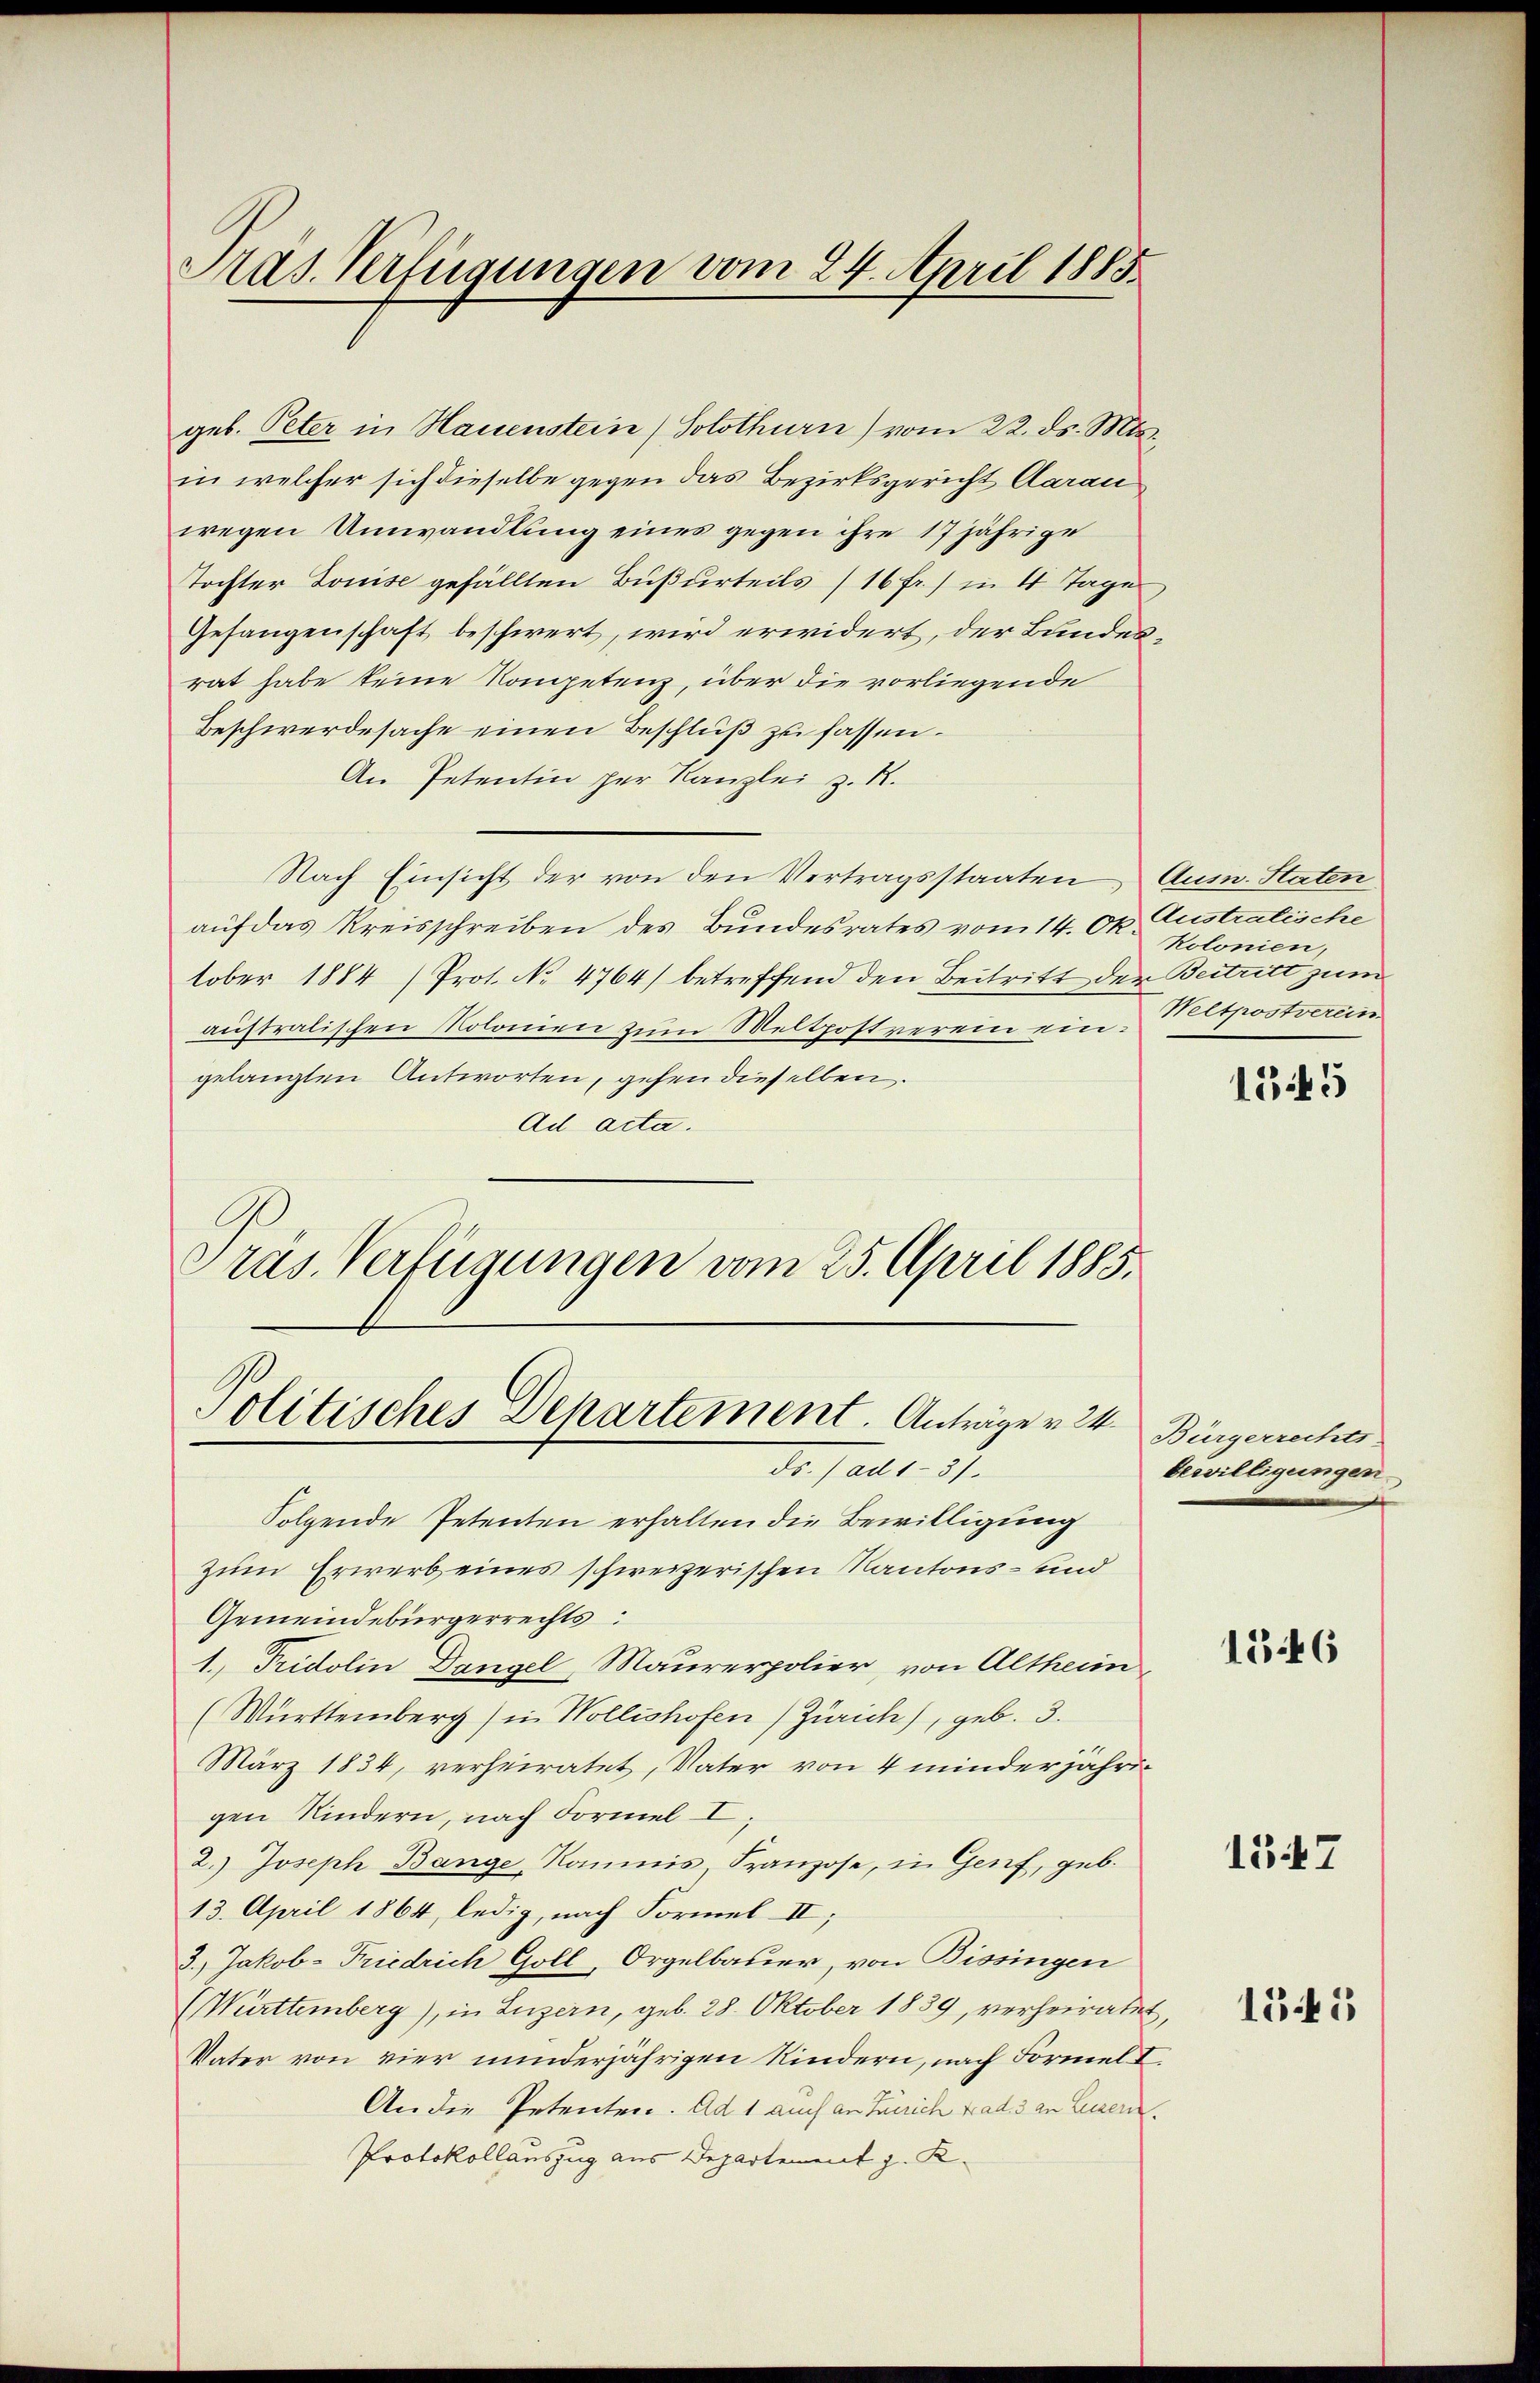
Pras. Verfügungen vom 24. April 1885.

geb. Peter in Hauenstein (Solothurn) vom 22. ds. Mts.
in welcher sich dieselbe gegen das Bezirksgericht Aarau
wegen Umwandlung eines gegen ihre 17 jährige
Tochter Louise gefällten Bußurteils (16 Fr.) in 4 Tage
Gefangenschaft beschwert, wird erwidert, der Bundesrat habe keine Kompetenz, über die vorliegende
Beschwerdesache einen Beschluß zu fassen.
An Petentin der Kanzlei z. R.
Nach Einsicht der von den Vertragsstaaten Aus. Staten
auf das Kreisschreiben des Bundesrates vom 14. Okt. Austratische
tober 1884 (Prot. No 4764) betreffend den Beitritt der Beitritt zum
australischen Molonien zum Meltpostrerein eingelangten Antworten, gehen dieselben.
Ad acta.
Präs. Verfügungen vom 25. April 1885.

Politisches Departement. Anträge v. 24.
Dr. Part. 37.

Folgende Petenten erhalten die Bewilligung
zum Erwerb eines schweizerischen Kantons- und
Gemeindebürgerrechts
1. Fridolin Dangel, Maurerpolier, von Altheim,
(Württemberg) in Wollishofen (Zürich), geb. 3.
März 1834, verheiratet, Vater von 4 minderjährigen Kindern, nach Formel I
2.) Joseph Bange kommnis, Franzose, in Genf, geb.
13. April 1864, ledig, nach Formel II;
3.) Jakob-Friedrich Goll, Orgelbauer, von Bissingen
(Württemberg), in Luzern, geb. 28. Oktober 1839, verheiratet
Vater von vier minderjährigen Kindern, nach Formel I
An die Petenten. Ad 1 auch an Zürich trad. 3 an Luzern,
Protokollauszug aus Departement J. K.

Kolonien,
Weltpostverein

,

1545

Bürgerrechts-
bewilligungen
d

1546

1347

1545